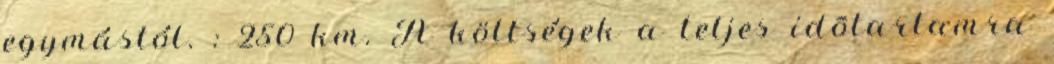
egymástól. : 250 km. A költségek a teljes idõtartamra